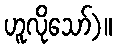
ဟူလိုသော်)။